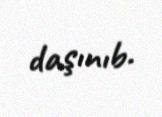
daşınıb.